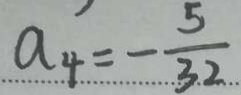
a _ { 4 } = - \frac { 5 } { 3 2 }